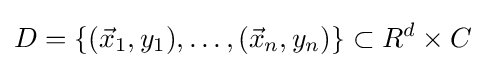
D=\{({\vec {x}}_{1},y_{1}),\dots ,({\vec {x}}_{n},y_{n})\}\subset R^{d}\times C